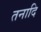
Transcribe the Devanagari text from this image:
तनादि